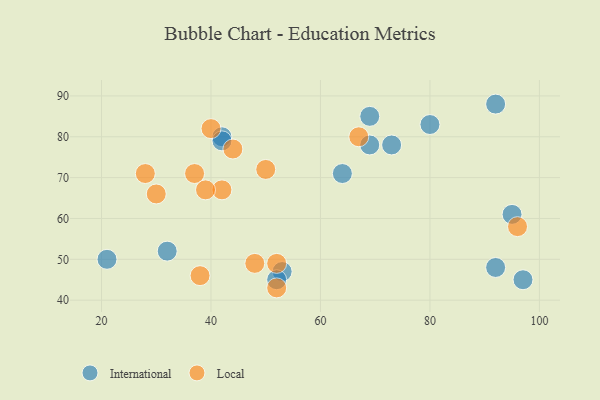
{"axis": {"x": "GDP", "y": "Life Expectancy"}, "legend": ["International", "Local"], "data": [{"x": "80", "y": 83, "type": "International"}, {"x": "53", "y": 47, "type": "International"}, {"x": "92", "y": 48, "type": "International"}, {"x": "21", "y": 50, "type": "International"}, {"x": "95", "y": 61, "type": "International"}, {"x": "69", "y": 78, "type": "International"}, {"x": "52", "y": 45, "type": "International"}, {"x": "92", "y": 88, "type": "International"}, {"x": "42", "y": 80, "type": "International"}, {"x": "42", "y": 79, "type": "International"}, {"x": "64", "y": 71, "type": "International"}, {"x": "69", "y": 85, "type": "International"}, {"x": "73", "y": 78, "type": "International"}, {"x": "32", "y": 52, "type": "International"}, {"x": "97", "y": 45, "type": "International"}, {"x": "28", "y": 71, "type": "Local"}, {"x": "67", "y": 80, "type": "Local"}, {"x": "42", "y": 67, "type": "Local"}, {"x": "40", "y": 82, "type": "Local"}, {"x": "52", "y": 43, "type": "Local"}, {"x": "38", "y": 46, "type": "Local"}, {"x": "50", "y": 72, "type": "Local"}, {"x": "48", "y": 49, "type": "Local"}, {"x": "37", "y": 71, "type": "Local"}, {"x": "39", "y": 67, "type": "Local"}, {"x": "44", "y": 77, "type": "Local"}, {"x": "30", "y": 66, "type": "Local"}, {"x": "96", "y": 58, "type": "Local"}, {"x": "52", "y": 49, "type": "Local"}]}